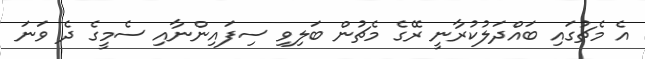
އެ މެޗުގައި ބައްދަލުކުރާނީ ރޭގެ މެޗުން ބަލިވި ސިފައިންނާއި ސެމީގެ ދެ ވަނަ